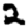
Digit: 2